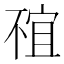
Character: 𠁇